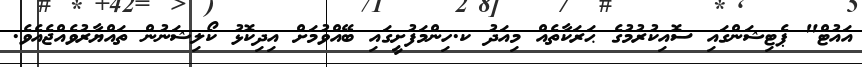
އައުޓް" ޕެޓިޝަންގައި ސޮއިކުރުމުގެ ޙަރަކާތެއް މިއަދު ކ.ހިންމަފުށީގައި ބޭއްވުމަށް އިދިކޮޅު ކޯލިޝަނުން ތައްޔާރުވެއްޖެއެވެ.